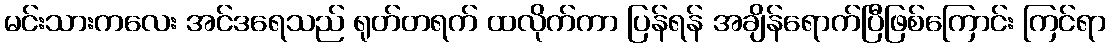
မင်းသားကလေး အင်ဒရေသည် ရုတ်တရက် ထလိုက်ကာ ပြန်ရန် အချိန်ရောက်ပြီဖြစ်ကြောင်း ကြင်ရာ